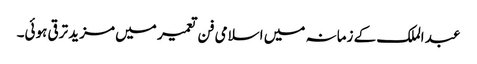
عبد الملک کے زمانہ میں اسلامی فن تعمیر میں مزید ترقی ہوئی۔